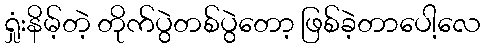
ရှုံးနိမ့်တဲ့ တိုက်ပွဲတစ်ပွဲတော့ ဖြစ်ခဲ့တာပေါ့လေ